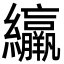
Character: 䌴